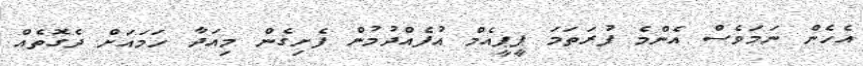
އެހެން ނަމަވެސް އެންމެ ފުރަތަމަ ޕީޕީއެމް އުފެއްދުމުން ފެށިގެން މިއަދާ ހަމައަށް ދެގޮތެއް